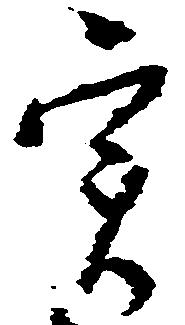
実